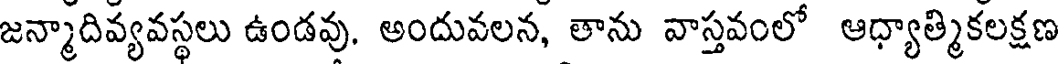
జన్మాదివ్యవస్థలు ఉండవు. అందువలన, తాను వాస్తవంలో ఆధ్యాత్మికలక్షణ